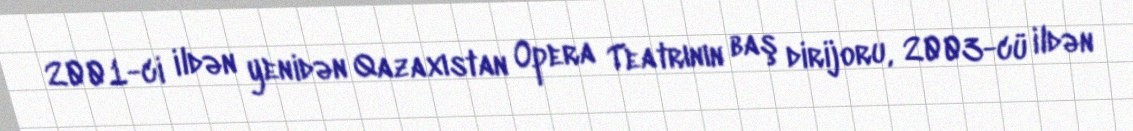
2001-ci ildən yenidən Qazaxıstan Opera Teatrının baş dirijoru, 2003-cü ildən